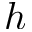
h